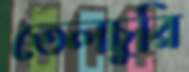
তেলচুরি